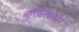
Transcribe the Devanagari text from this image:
कृषिसमोर